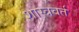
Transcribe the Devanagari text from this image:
शास्त्रवर्त